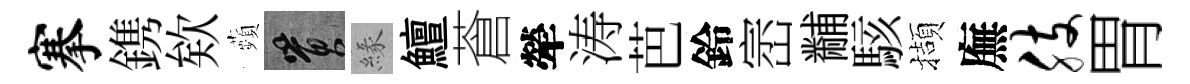
搴鎸欸蘋篔緣鱣蒼犖涛芭鈴崈黼駭擷廡肢胃